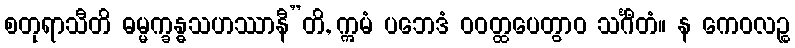
စတုရာသီတိ ဓမ္မက္ခန္ဓသဟဿာနီ”တိ, ဣမံ ပဘေဒံ ဝဝတ္ထပေတွာဝ သင်္ဂီတံ။ န ကေဝလဉ္စ